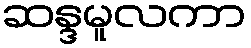
ဆန္ဒမူလကာ